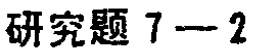
研究题 7—2